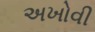
અખોવી